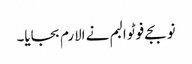
نو بجے فوٹو البم نے الارم بجایا۔